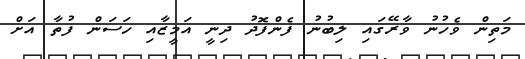
މަތިން ވެހުނު ވާރޭގައި ލިބުނު ފެންފޮދު ދިނީ އަމީޒާއި ހަސަން ފުތާ އަށް